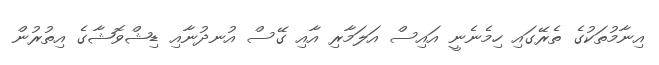
އިނާމުތަކުގެ ތެރޭގައި ހިމެނެނީ އައިސް އަލަމާރި އާއި ގޭސް އުނދުނާއި ޑިޝްވޮޝާގެ އިތުރުން